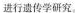
进行遗传学研究